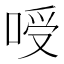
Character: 㖟